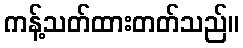
ကန့်သတ်ထားတတ်သည်။